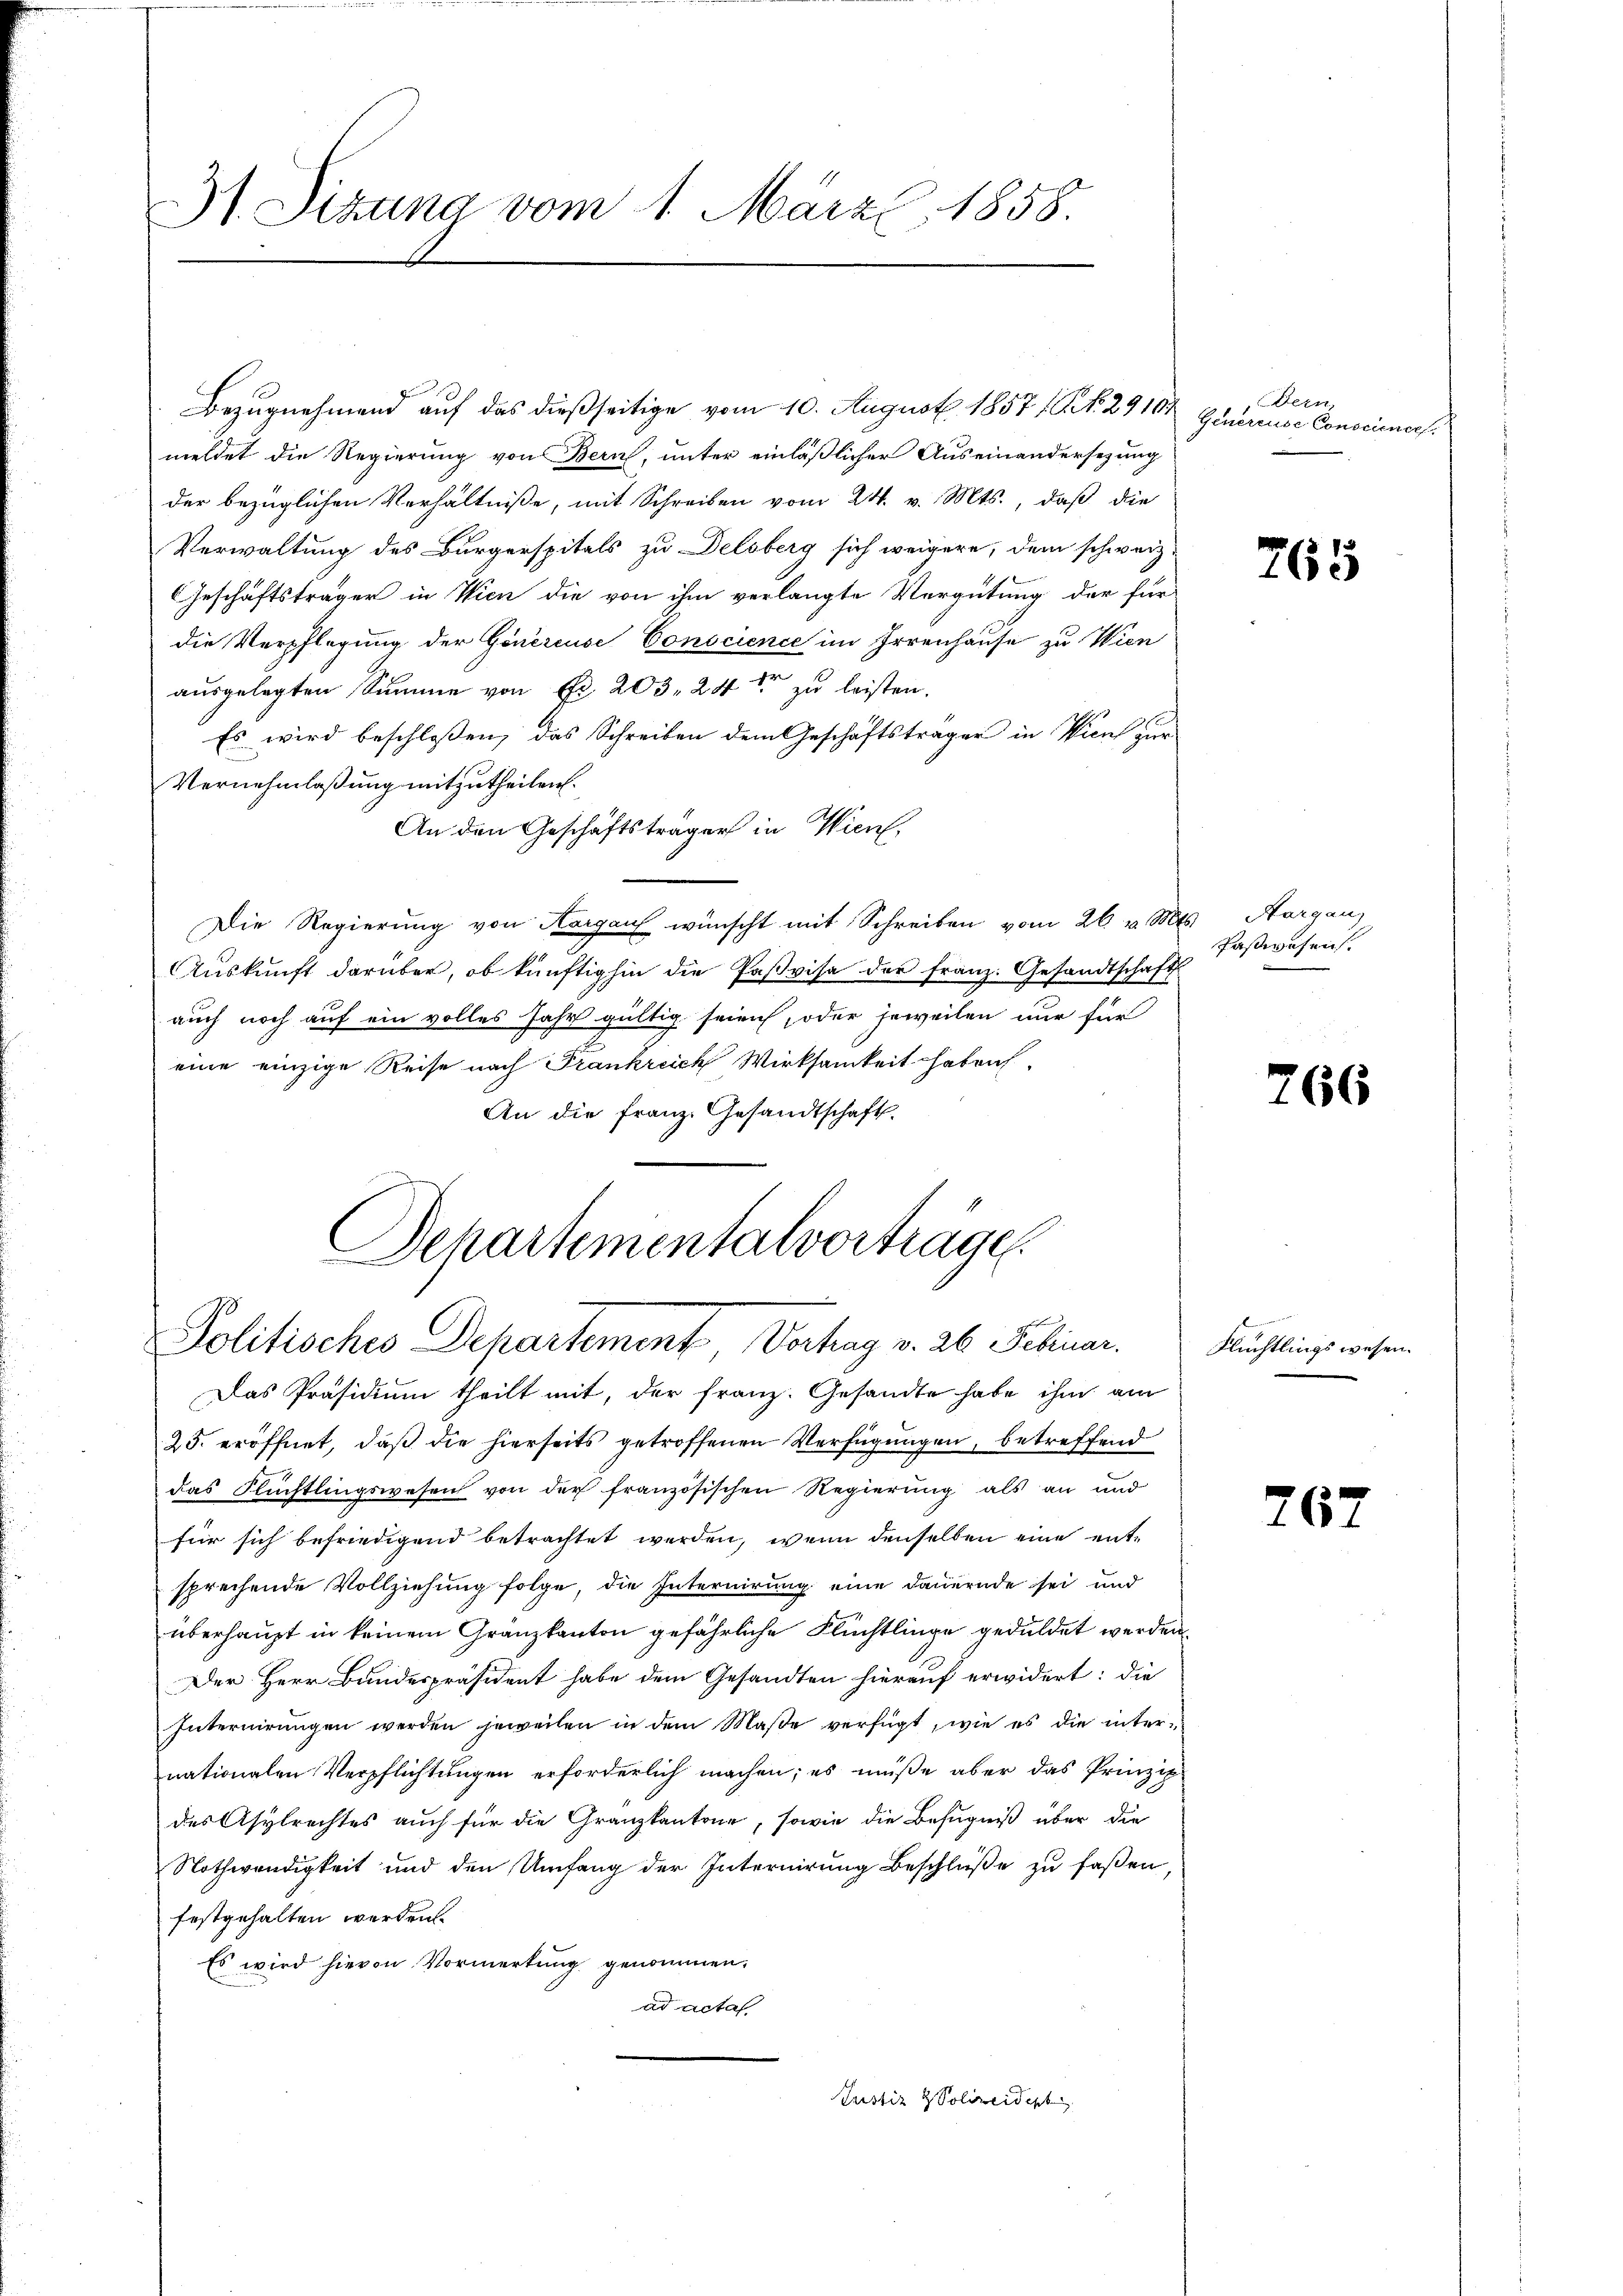
Bezugnehmend auf das dießseitige vom 10. August 1857 (Art. 29101
meldet die Regierung von Bern, unter einläßlicher Auseinandersezung
der bezüglichen Verhältniße, mit Schreiben vom 24. v. Mts., daß die
Verwaltung des Bürgerspitals zu Delsberg sich weigere, dem schweiz
GGeschäftsträger in Wien die von ihm verlangte Vergütung der für
die Verpflegung der Genereise Conscience im Irrenhause zu Wien
ausgelegten Summe von Fr. 203. 24t zu leisten.
Es wird beschlossen, das Schreiben dem Geschäftsträger in Vicul zur
Vernehmlaßung mitzutheilen.
An den Geschäftsträger in Wien,
Die Regierung von Aargau wünscht mit Schreiben vom 26. v. Mts. Aargau
Auskunft darüber, ob künftighin die Paßvisa der franz. Gesandtschaft
auch noch auf ein volles Jahr gültig seien, oder jeweilen nur für
eine einzige Reise nach Frankreich Wirksamkeit haben.
An die Franz. Gesandtschaft.

3). Sizung vom 1. März 1858.

Schartementalvorträge
t
Politisches Departement Vertrag v. 26. Februar.

Das Präsidium theilt mit, der Franz. Gesandte habe ihm am
25. eröffnet, daß die hierseits getroffenen Verfügungen, betreffend
das Flüchtlingswesen von der französischen Regierung als an und
für sich befriedigend betrachtet werden, wenn denselben eine entsprechende Vollziehung folge, die Internirung eine dauernde sei und
überhaupt in keinem Gränzkanton gefährliche Flüchtlinge geduldet werden
Der Herr Bundespräsident habe dem Gesandten hierauf erwidert: die
Internirŭngen werden jeweilen in dem Maβe verfügt, wie es die inter-
nationalen Verpflichtungen erforderlich machen; es müße aber das Prinzip
des Asylrechtes auch für die Granzkantone, sowie die Befugniß über die
Nothwendigkeit und den Umfang der Internirung Beschlüße zu faßen,
festgehalten werden.
Es wird hievon Vormerkung genommen.
ad acta
Justiz & Polizeidept

Dern,
Generende Conscience,

765

Faßwesen.

766

Flüchtlingswesen.

767